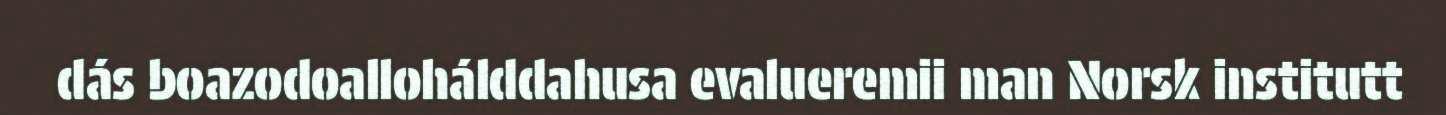
dás boazodoallohálddahusa evalueremii man Norsk institutt